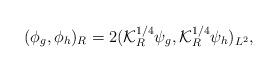
LaTeX: \begin{align*} (\phi_g,\phi_h)_R= 2({\cal K}_R^{1/4}\psi_g,{\cal K}_R^{1/4}\psi_h)_{L^2},\end{align*}